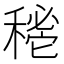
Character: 𥡔